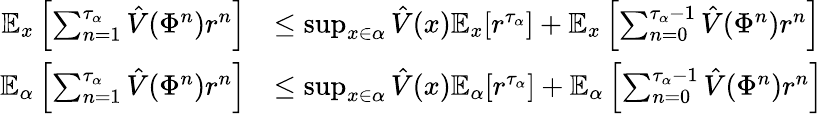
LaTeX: \begin{array}{rl}{\mathbb{E}_{x}\left[\sum_{n=1}^{\tau_{\alpha}}\hat{V}(\Phi^{n})r^{n}\right]}&{\leq\operatorname*{sup}_{x\in\alpha}\hat{V}(x)\mathbb{E}_{x}[r^{\tau_{\alpha}}]+\mathbb{E}_{x}\left[\sum_{n=0}^{\tau_{\alpha}-1}\hat{V}(\Phi^{n})r^{n}\right]}\\ {\mathbb{E}_{\alpha}\left[\sum_{n=1}^{\tau_{\alpha}}\hat{V}(\Phi^{n})r^{n}\right]}&{\leq\operatorname*{sup}_{x\in\alpha}\hat{V}(x)\mathbb{E}_{\alpha}[r^{\tau_{\alpha}}]+\mathbb{E}_{\alpha}\left[\sum_{n=0}^{\tau_{\alpha}-1}\hat{V}(\Phi^{n})r^{n}\right]}\end{array}